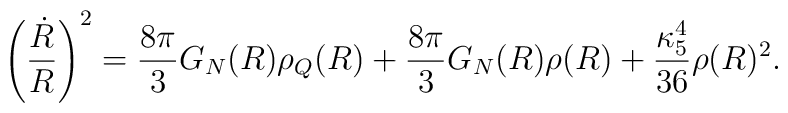
\left({\dot{R}\over R}\right)^2={8\pi \over 3}G_{N}(R)\rho_{Q}(R)+{8\pi\over 3}G_{N}(R)\rho(R)+{\kappa_{5}^{4}\over 36}\rho(R)^2.